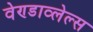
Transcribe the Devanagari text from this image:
वेण्डाव्लेल्स